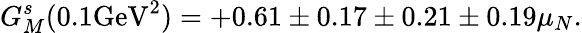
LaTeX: G_{M}^{s}(0.1\mathrm{GeV}^{2})=+0.61\pm 0.17\pm 0.21\pm 0.19\mu_{N}.